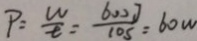
P = \frac { W } { t } = \frac { 6 0 0 J } { 1 0 s } = 6 0 w